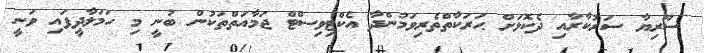
ސޫރިޔާ ސަރުކާރާއި ދެކޮޅަށް ޙަރަކާތްތެރިވަމުންދާ އެކްޓިވިސްޓް ޖަމާއަތްތަކުން ބުނީ މި ހަމަލާދީފައި ވަނީ